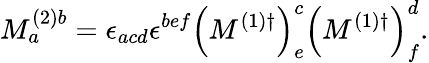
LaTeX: M_{a}^{(2)b}=\epsilon_{acd}\epsilon^{bef}{\left(M^{(1)\dagger}\right)}_{e}^{c}{\left(M^{(1)\dagger}\right)}_{f}^{d}.